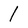
Character: 1